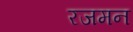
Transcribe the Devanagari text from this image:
रजमन